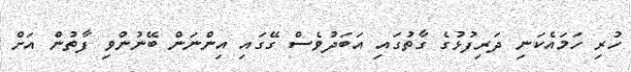
ހުރި ހަމައެކަނި ދަރިފުޅުގެ ގާތުގައި އަބަދުވެސް ގޭގައި އިންނަން ބޭނުންވި ފާތުން އަށް